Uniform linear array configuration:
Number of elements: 4
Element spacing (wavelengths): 0.75
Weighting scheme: kaiser
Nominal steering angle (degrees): -30
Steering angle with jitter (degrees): -30.921
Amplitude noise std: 0.05
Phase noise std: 0.05

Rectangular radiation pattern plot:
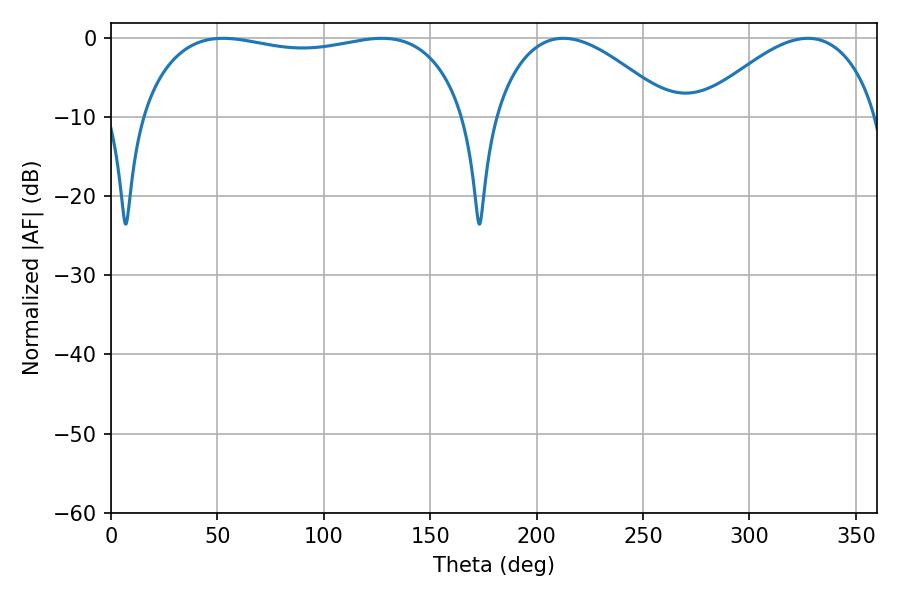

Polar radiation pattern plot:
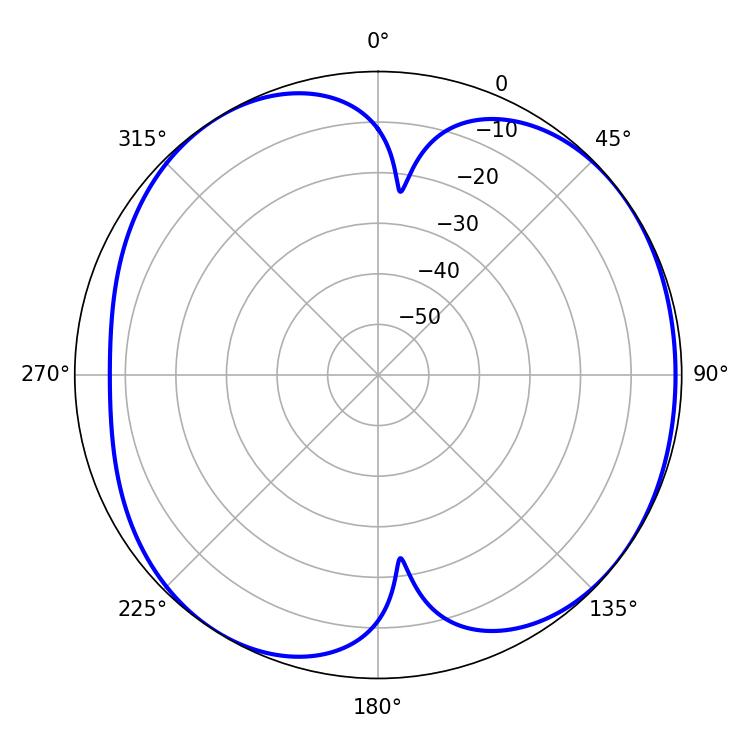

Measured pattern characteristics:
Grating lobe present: TRUE
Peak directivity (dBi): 5.923
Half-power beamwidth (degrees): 45.9
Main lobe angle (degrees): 327.42